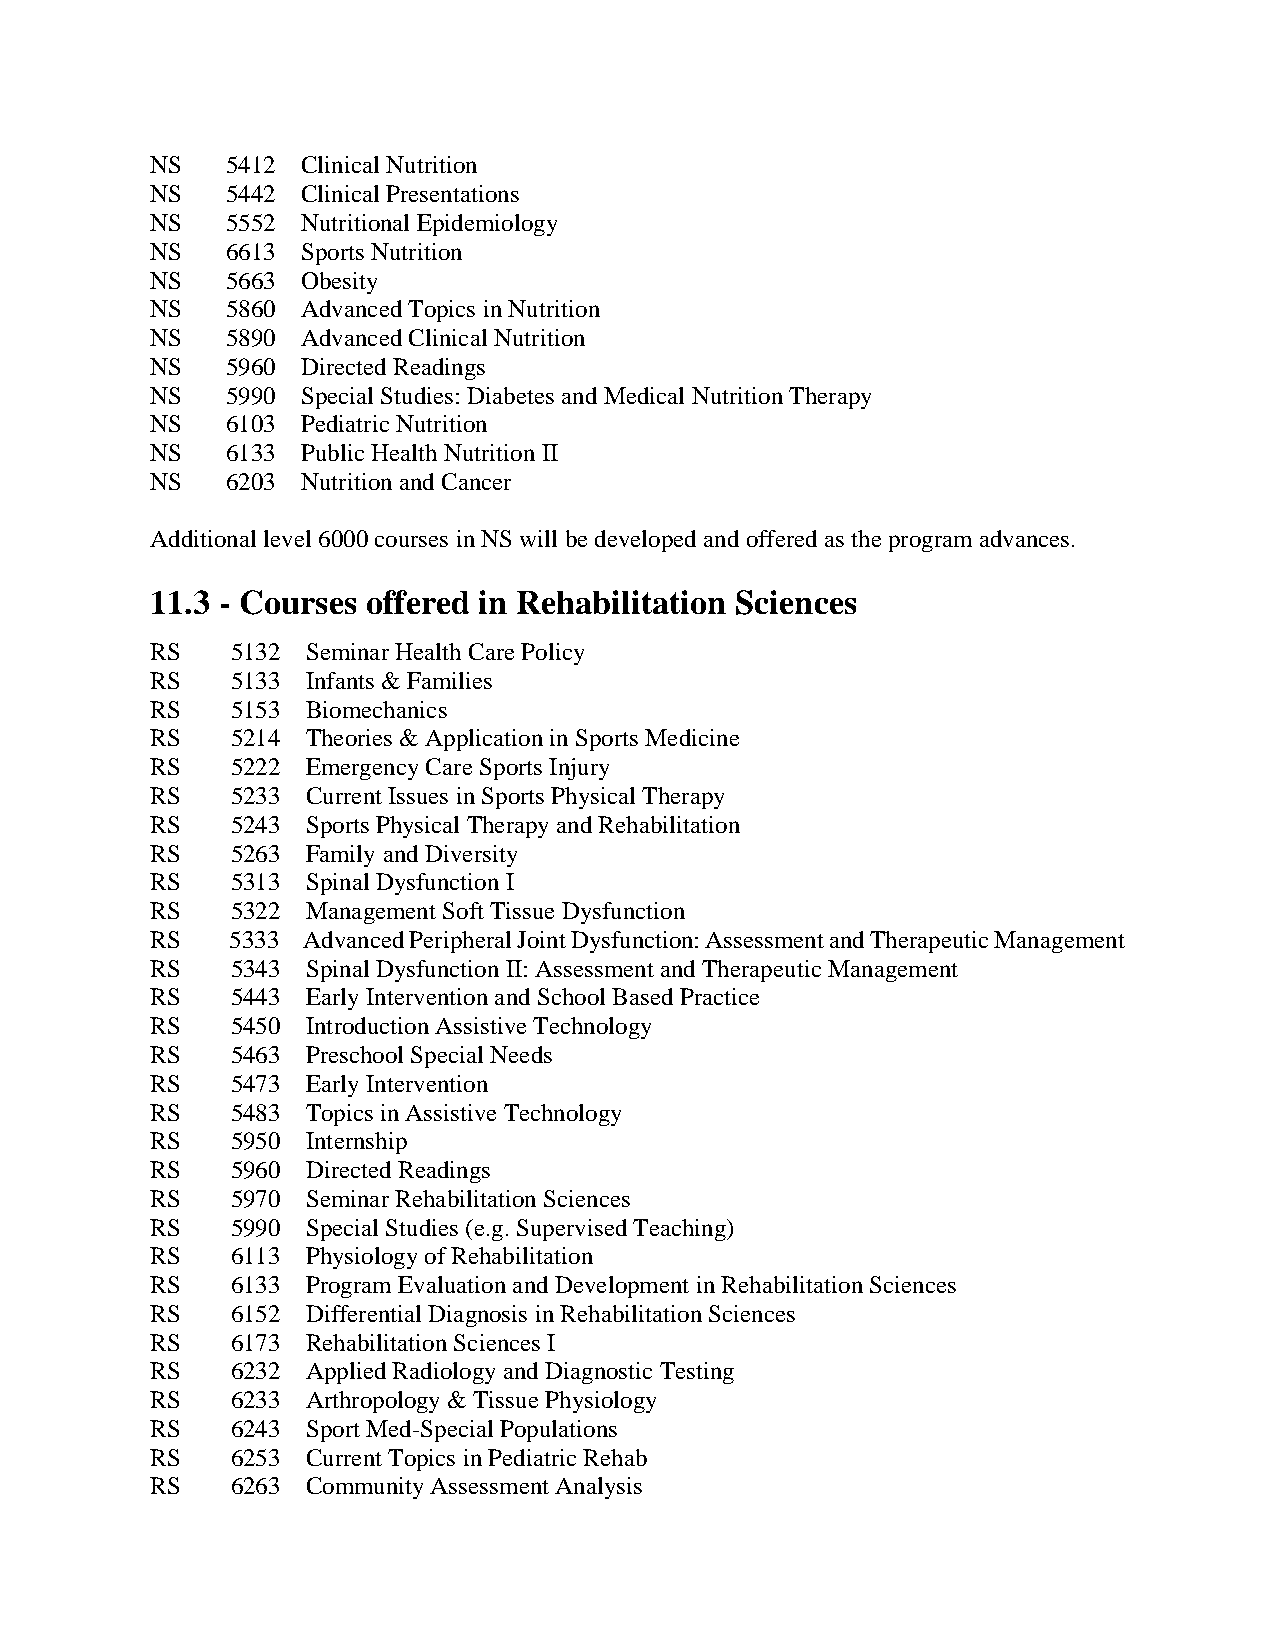
NS   5412 Clinical Nutrition
 NS   5442 Clinical Presentations
 NS   5552 Nutritional Epidemiology
 NS   6613 Sports Nutrition
 NS   5663 Obesity
 NS   5860 Advanced Topics in Nutrition
 NS   5890 Advanced Clinical Nutrition
 NS   5960 Directed Readings
 NS   5990 Special Studies: Diabetes and Medical Nutrition Therapy
 NS   6103 Pediatric Nutrition
 NS   6133 Public Health Nutrition II
 NS   6203 Nutrition and Cancer
 Additional level 6000 courses in NS will be developed and offered as the program advances.
 11.3 - Courses offered in Rehabilitation Sciences
 RS   5132 Seminar Health Care Policy
 RS   5133 Infants & Families
 RS   5153 Biomechanics
 RS   5214 Theories & Application in Sports Medicine
 RS   5222 Emergency Care Sports Injury
 RS   5233 Current Issues in Sports Physical Therapy
 RS   5243 Sports Physical Therapy and Rehabilitation
 RS   5263 Family and Diversity
 RS   5313 Spinal Dysfunction I
 RS   5322 Management Soft Tissue Dysfunction
 RS   5333 Advanced Peripheral Joint Dysfunction: Assessment and Therapeutic Management
 RS   5343 Spinal Dysfunction II: Assessment and Therapeutic Management
 RS   5443 Early Intervention and School Based Practice
 RS   5450 Introduction Assistive Technology
 RS   5463 Preschool Special Needs
 RS   5473 Early Intervention
 RS   5483 Topics in Assistive Technology
 RS   5950 Internship
 RS   5960 Directed Readings
 RS   5970 Seminar Rehabilitation Sciences
 RS   5990 Special Studies (e.g. Supervised Teaching)
 RS   6113 Physiology of Rehabilitation
 RS   6133 Program Evaluation and Development in Rehabilitation Sciences
 RS   6152 Differential Diagnosis in Rehabilitation Sciences
 RS   6173 Rehabilitation Sciences I
 RS   6232 Applied Radiology and Diagnostic Testing
 RS   6233 Arthropology & Tissue Physiology
 RS   6243 Sport Med-Special Populations
 RS   6253 Current Topics in Pediatric Rehab
 RS   6263 Community Assessment Analysis